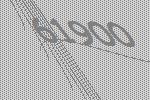
61900